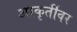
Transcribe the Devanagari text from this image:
आकृतींवर